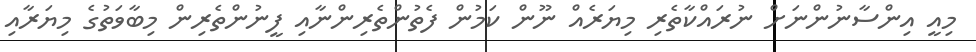
މިއީ އިންސާނުންނަށް ނުރައްކާތެރި މިޔަރެއް ނޫން ކަމުން ފެތުންތެރިންނާއި ފީނުންތެރިން މިބާވަތުގެ މިޔަރާއި